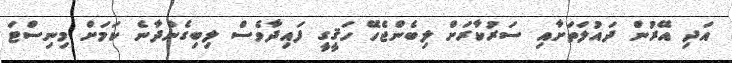
އަދި އޭރުން ދައުލަތަށާއި ސަރުކާރަށް ލިބެންޖެހޭ ހަޤީގީ ފައިދާވެސް ލިބިގެންދާނެ ކަމަށް މިނިސްޓަ